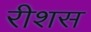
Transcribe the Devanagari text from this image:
रीशस